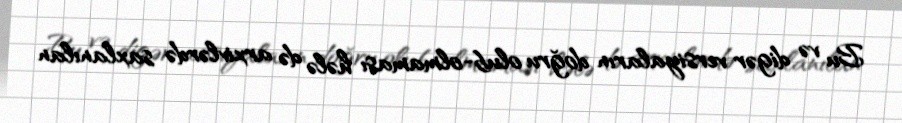
Bu və digər versiyaların doğru olub-olmaması hələ də arxivlərdə saxlanılan